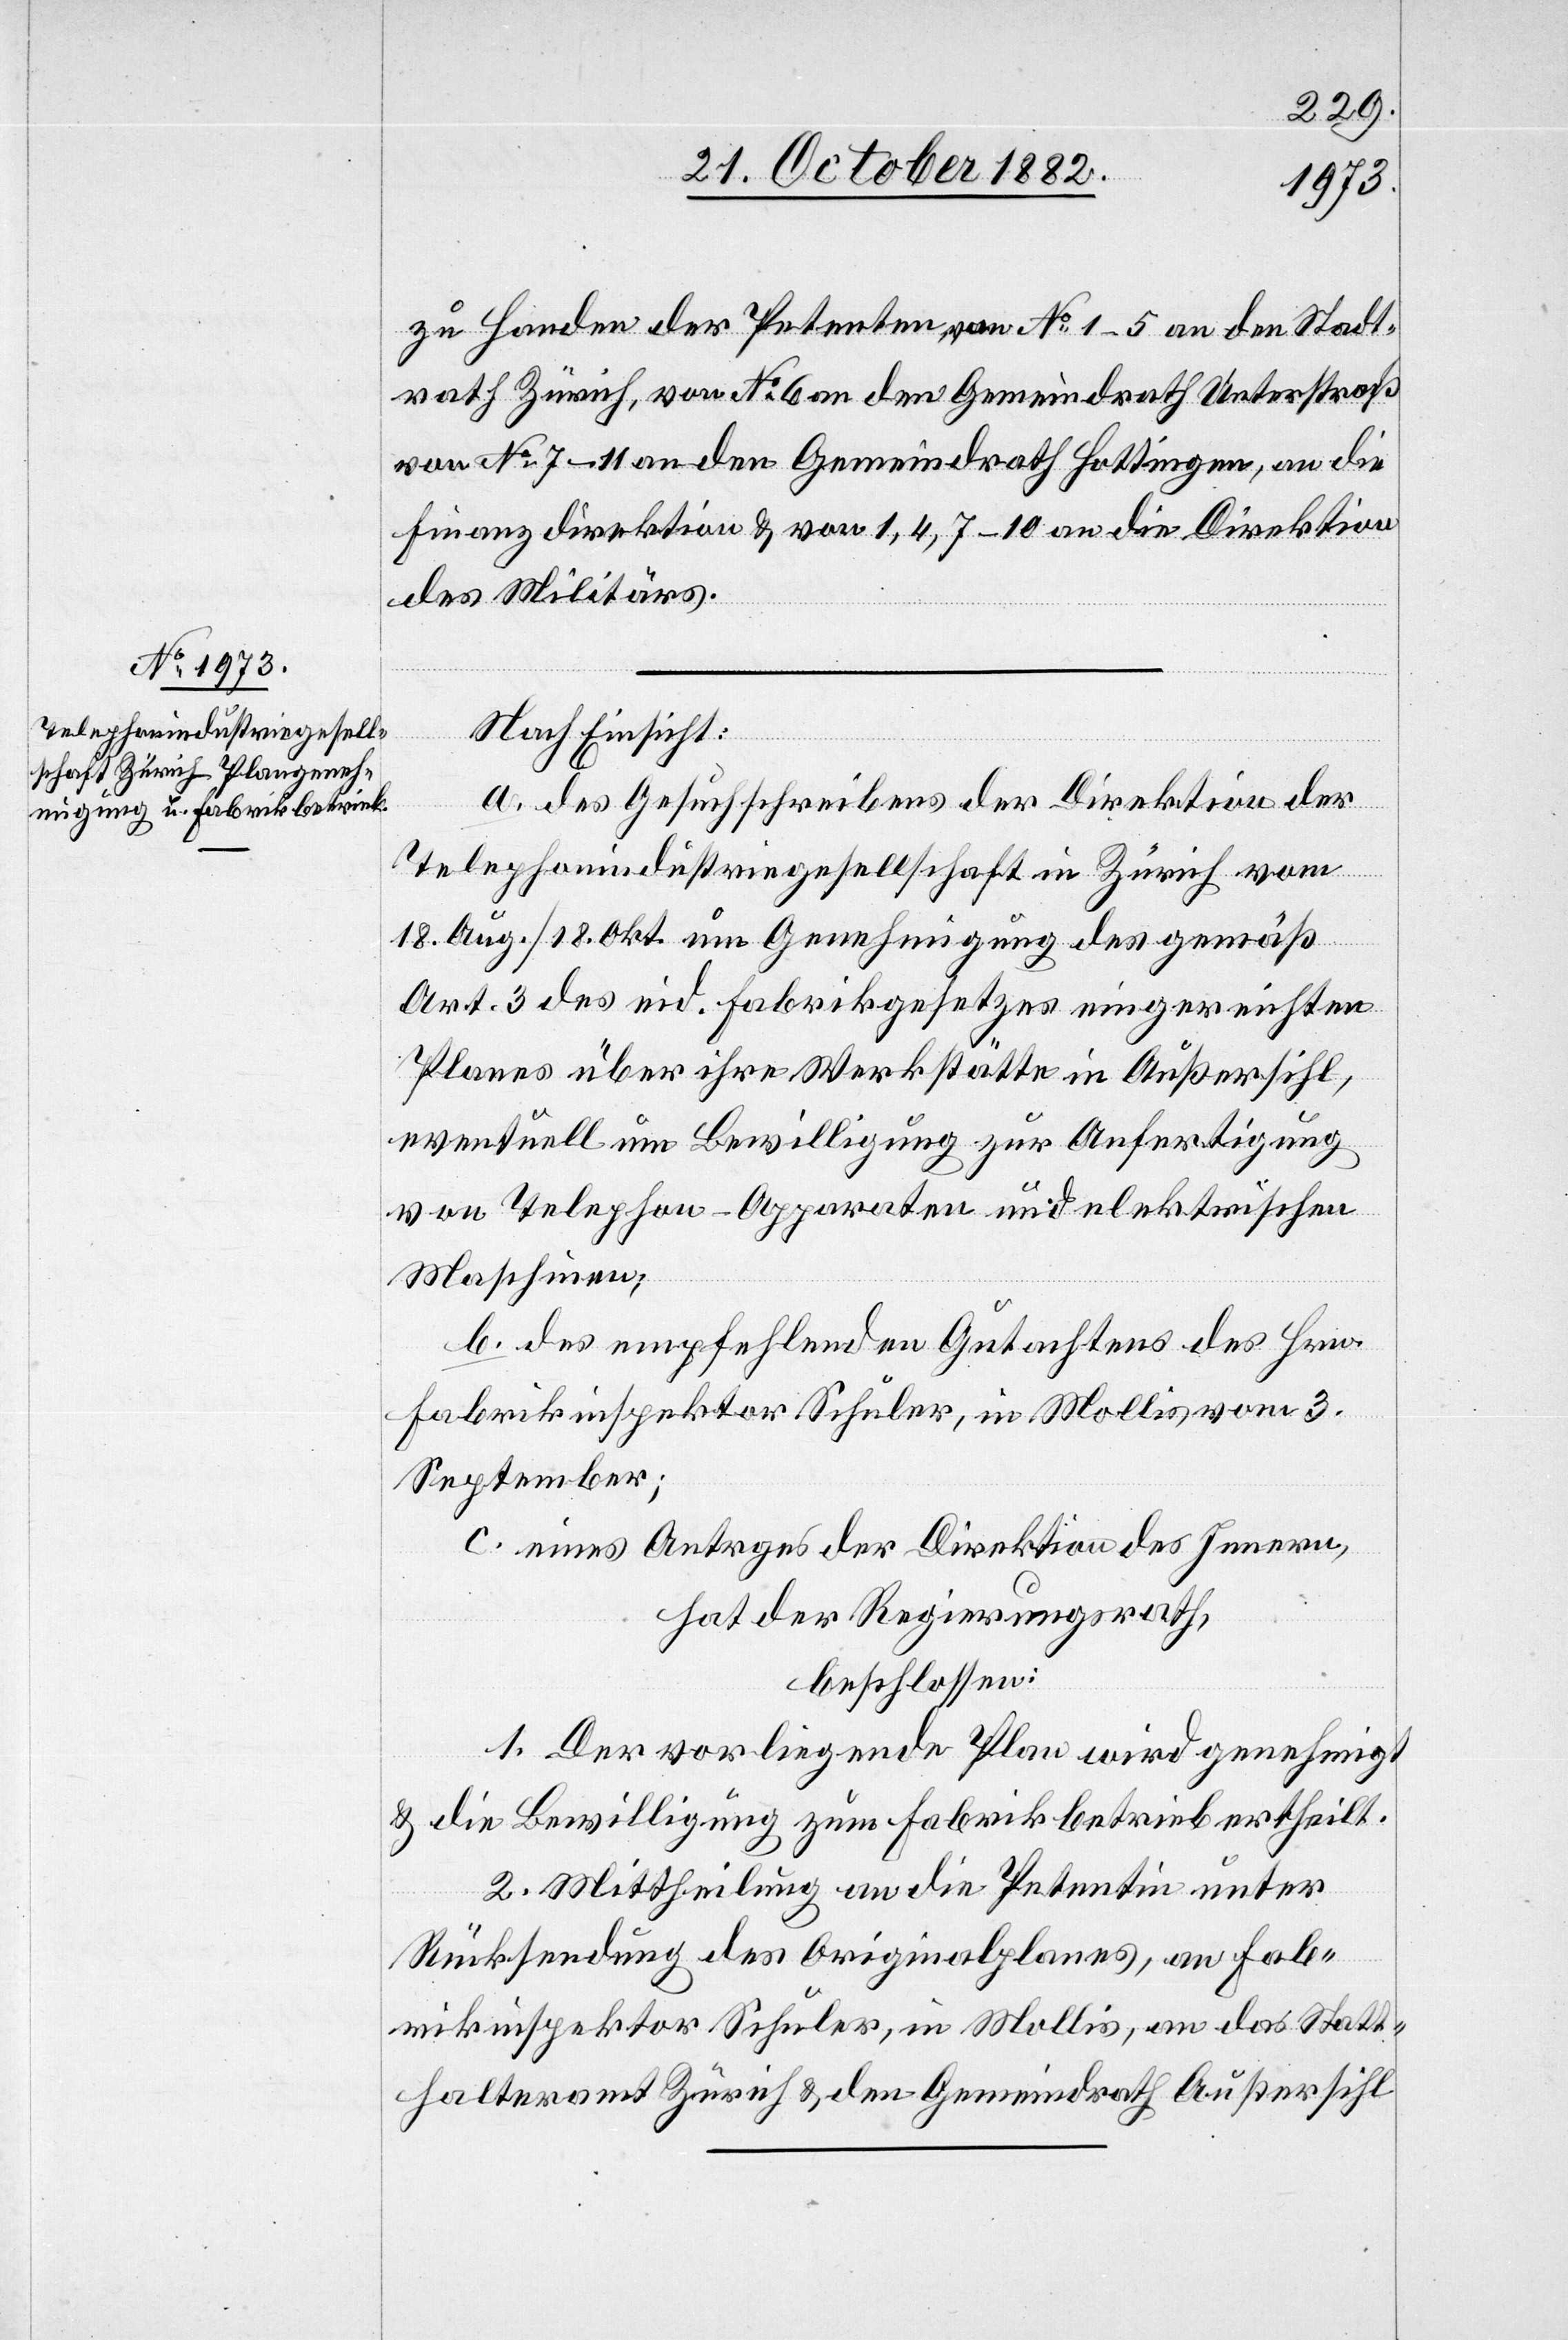
zu Handen der Petenten von No 1–5 an den Stadt¬
rath Zürich, von No 6 an den Gemeindrath Unterstraß
von No 7–11 an den Gemeindrath Hottingen, an die
Finanzdirektion & von 1, 4, 7–10 an die Direktion
des Militärs.
Nach Einsicht:
a. des Gesuchschreibens der Direktion der
Telephonindustriegesellschaft in Zürich vom
18. Aug./18. Okt. um Genehmigung des gemäß
Art. 3 des eid. Fabrikgesetzes eingereichten
Planes über ihre Werkstätte in Außersihl,
eventuell um Bewilligung zur Anfertigung
von Telephon-Apparaten und elektrischen
Maschinen;
b. des empfehlenden Gutachtens des Hrn.
Fabrikinspektor Schuler, in Mollis vom 3.
September;
c. eines Antrages der Direktion des Innern,
hat der Regierungsrath,
beschlossen:
1. Der vorliegende Plan wird genehmigt
& die Bewilligung zum Fabrikbetrieb ertheilt.
2. Mittheilung an die Petentin unter
Rücksendung des Originalplanes, an Fab¬
rikinspektor Schuler, in Mollis, an das Statt¬
halteramt Zürich & den Gemeindrath Außersihl.